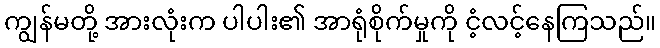
ကျွန်မတို့ အားလုံးက ပါပါး၏ အာရုံစိုက်မှုကို ငံ့လင့်နေကြသည်။